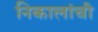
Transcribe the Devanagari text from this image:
निकालांची